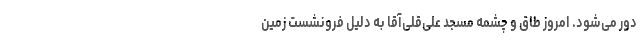
دور می‌شود. امروز طاق و چشمه مسجد علی‌قلی‌آقا به دلیل فرونشست زمین